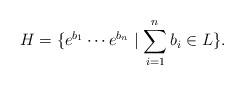
LaTeX: \begin{align*}H=\{e^{b_1}\cdots e^{b_n}\mid \sum_{i=1}^n b_i\in L\}.\end{align*}